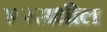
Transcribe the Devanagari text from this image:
४२मधील